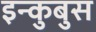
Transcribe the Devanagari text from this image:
इन्कुबुस